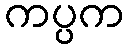
ကပ္ပက